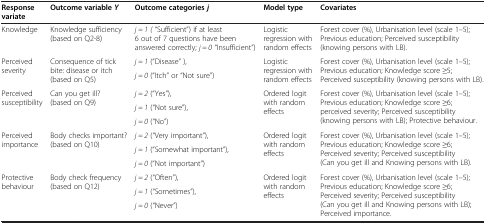
<table><thead><tr><td><b>Response variate</b></td><td><b>Outcome variable <i>Y</i></b></td><td><b>Outcome categories <i>j</i></b></td><td><b>Model type</b></td><td><b>Covariates</b></td></tr></thead><tbody><tr><td>Knowledge</td><td>Knowledge sufficiency (based on Q2-8)</td><td><i>j = 1 (</i> “Sufficient”) if at least 6 out of 7 questions have been answered correctly; <i>j = 0</i> “Insufficient”)</td><td>Logistic regression with random effects</td><td>Forest cover (%), Urbanisation level (scale 1–5); Previous education; Perceived susceptibility (knowing persons with LB).</td></tr><tr><td rowspan="2">Perceived severity</td><td rowspan="2">Consequence of tick bite: disease or itch (based on Q5)</td><td><i>j = 1</i> (“Disease” ),</td><td rowspan="2">Logistic regression with random effects</td><td rowspan="2">Forest cover (%), Urbanisation level (scale 1–5); Previous education; Knowledge score ≥5; Perceived susceptibility (knowing persons with LB).</td></tr><tr><td><i>j = 0</i> (“Itch” or “Not sure”)</td></tr><tr><td rowspan="3">Perceived susceptibility</td><td rowspan="3">Can you get ill? (based on Q9)</td><td><i>j = 2</i> (“Yes”),</td><td rowspan="3">Ordered logit with random effects</td><td rowspan="3">Forest cover (%), Urbanisation level (scale 1–5); Previous education; Knowledge score ≥6; perceived severity; Perceived susceptibility (knowing persons with LB); Protective behaviour.</td></tr><tr><td><i>j = 1</i> (“Not sure”),</td></tr><tr><td><i>j = 0</i> (“No”)</td></tr><tr><td rowspan="3">Perceived importance</td><td rowspan="3">Body checks important? (based on Q10)</td><td><i>j = 2</i> (“Very important”),</td><td rowspan="3">Ordered logit with random effects</td><td rowspan="3">Forest cover (%), Urbanisation level (scale 1–5); Previous education; Knowledge score ≥6; Perceived severity; Perceived susceptibility (Can you get ill and Knowing persons with LB).</td></tr><tr><td><i>j = 1</i> (“Somewhat important”),</td></tr><tr><td><i>j = 0</i> (“Not important”)</td></tr><tr><td rowspan="2">Protective behaviour</td><td rowspan="2">Body check frequency (based on Q12)</td><td><i>j = 2</i> (“Often”),</td><td rowspan="2">Ordered logit with random effects</td><td rowspan="2">Forest cover (%), Urbanisation level (scale 1–5); Previous education; Knowledge score ≥6; Perceived severity; Perceived susceptibility (Can you get ill and Knowing persons with LB);Perceived importance.</td></tr><tr><td><i>j = 1</i> (“Sometimes”),</td></tr><tr><td> </td><td> </td><td><i>j = 0</i> (“Never”)</td><td> </td><td> </td></tr></tbody></table>